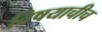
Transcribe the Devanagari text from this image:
विषयाचीच